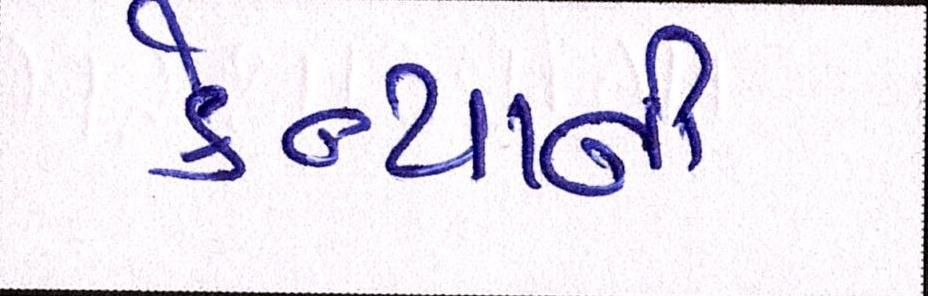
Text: કેન્યાની